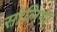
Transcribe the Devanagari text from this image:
सोलिगा